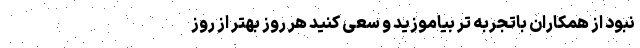
نبود از همکاران باتجربه تر بیاموزید و سعی کنید هر روز بهتر از روز